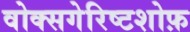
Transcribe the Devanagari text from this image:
वोक्सगेरिष्टशोफ़